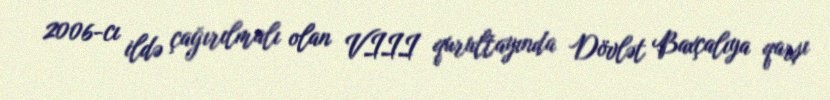
2006-cı ildə çağırılmalı olan VIII qurultayında Dövlət Baxçalıya qarşı